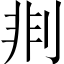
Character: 剕